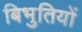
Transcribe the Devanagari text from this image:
बिभुतियों